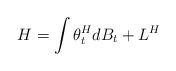
LaTeX: \begin{align*}H = \int \theta^H_t dB_t + L^H \end{align*}